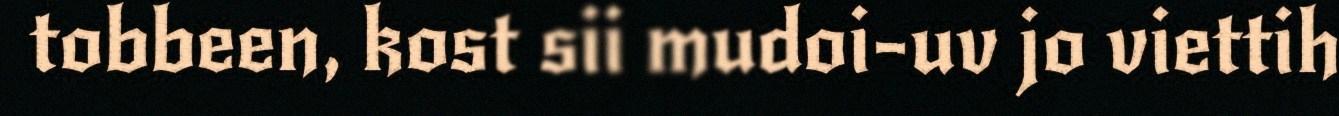
tobbeen, kost sii mudoi-uv jo viettih